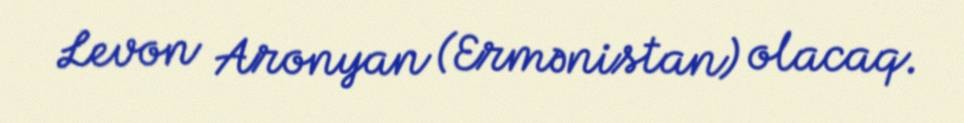
Levon Aronyan (Ermənistan) olacaq.